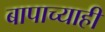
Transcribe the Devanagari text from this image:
बापाच्याही